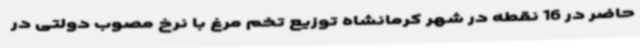
حاضر در 16 نقطه در شهر کرمانشاه توزیع تخم مرغ با نرخ مصوب دولتی در